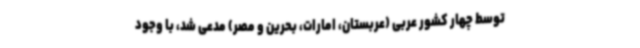
توسط چهار کشور عربی (عربستان، امارات، بحرین و مصر) مدعی شد، با وجود